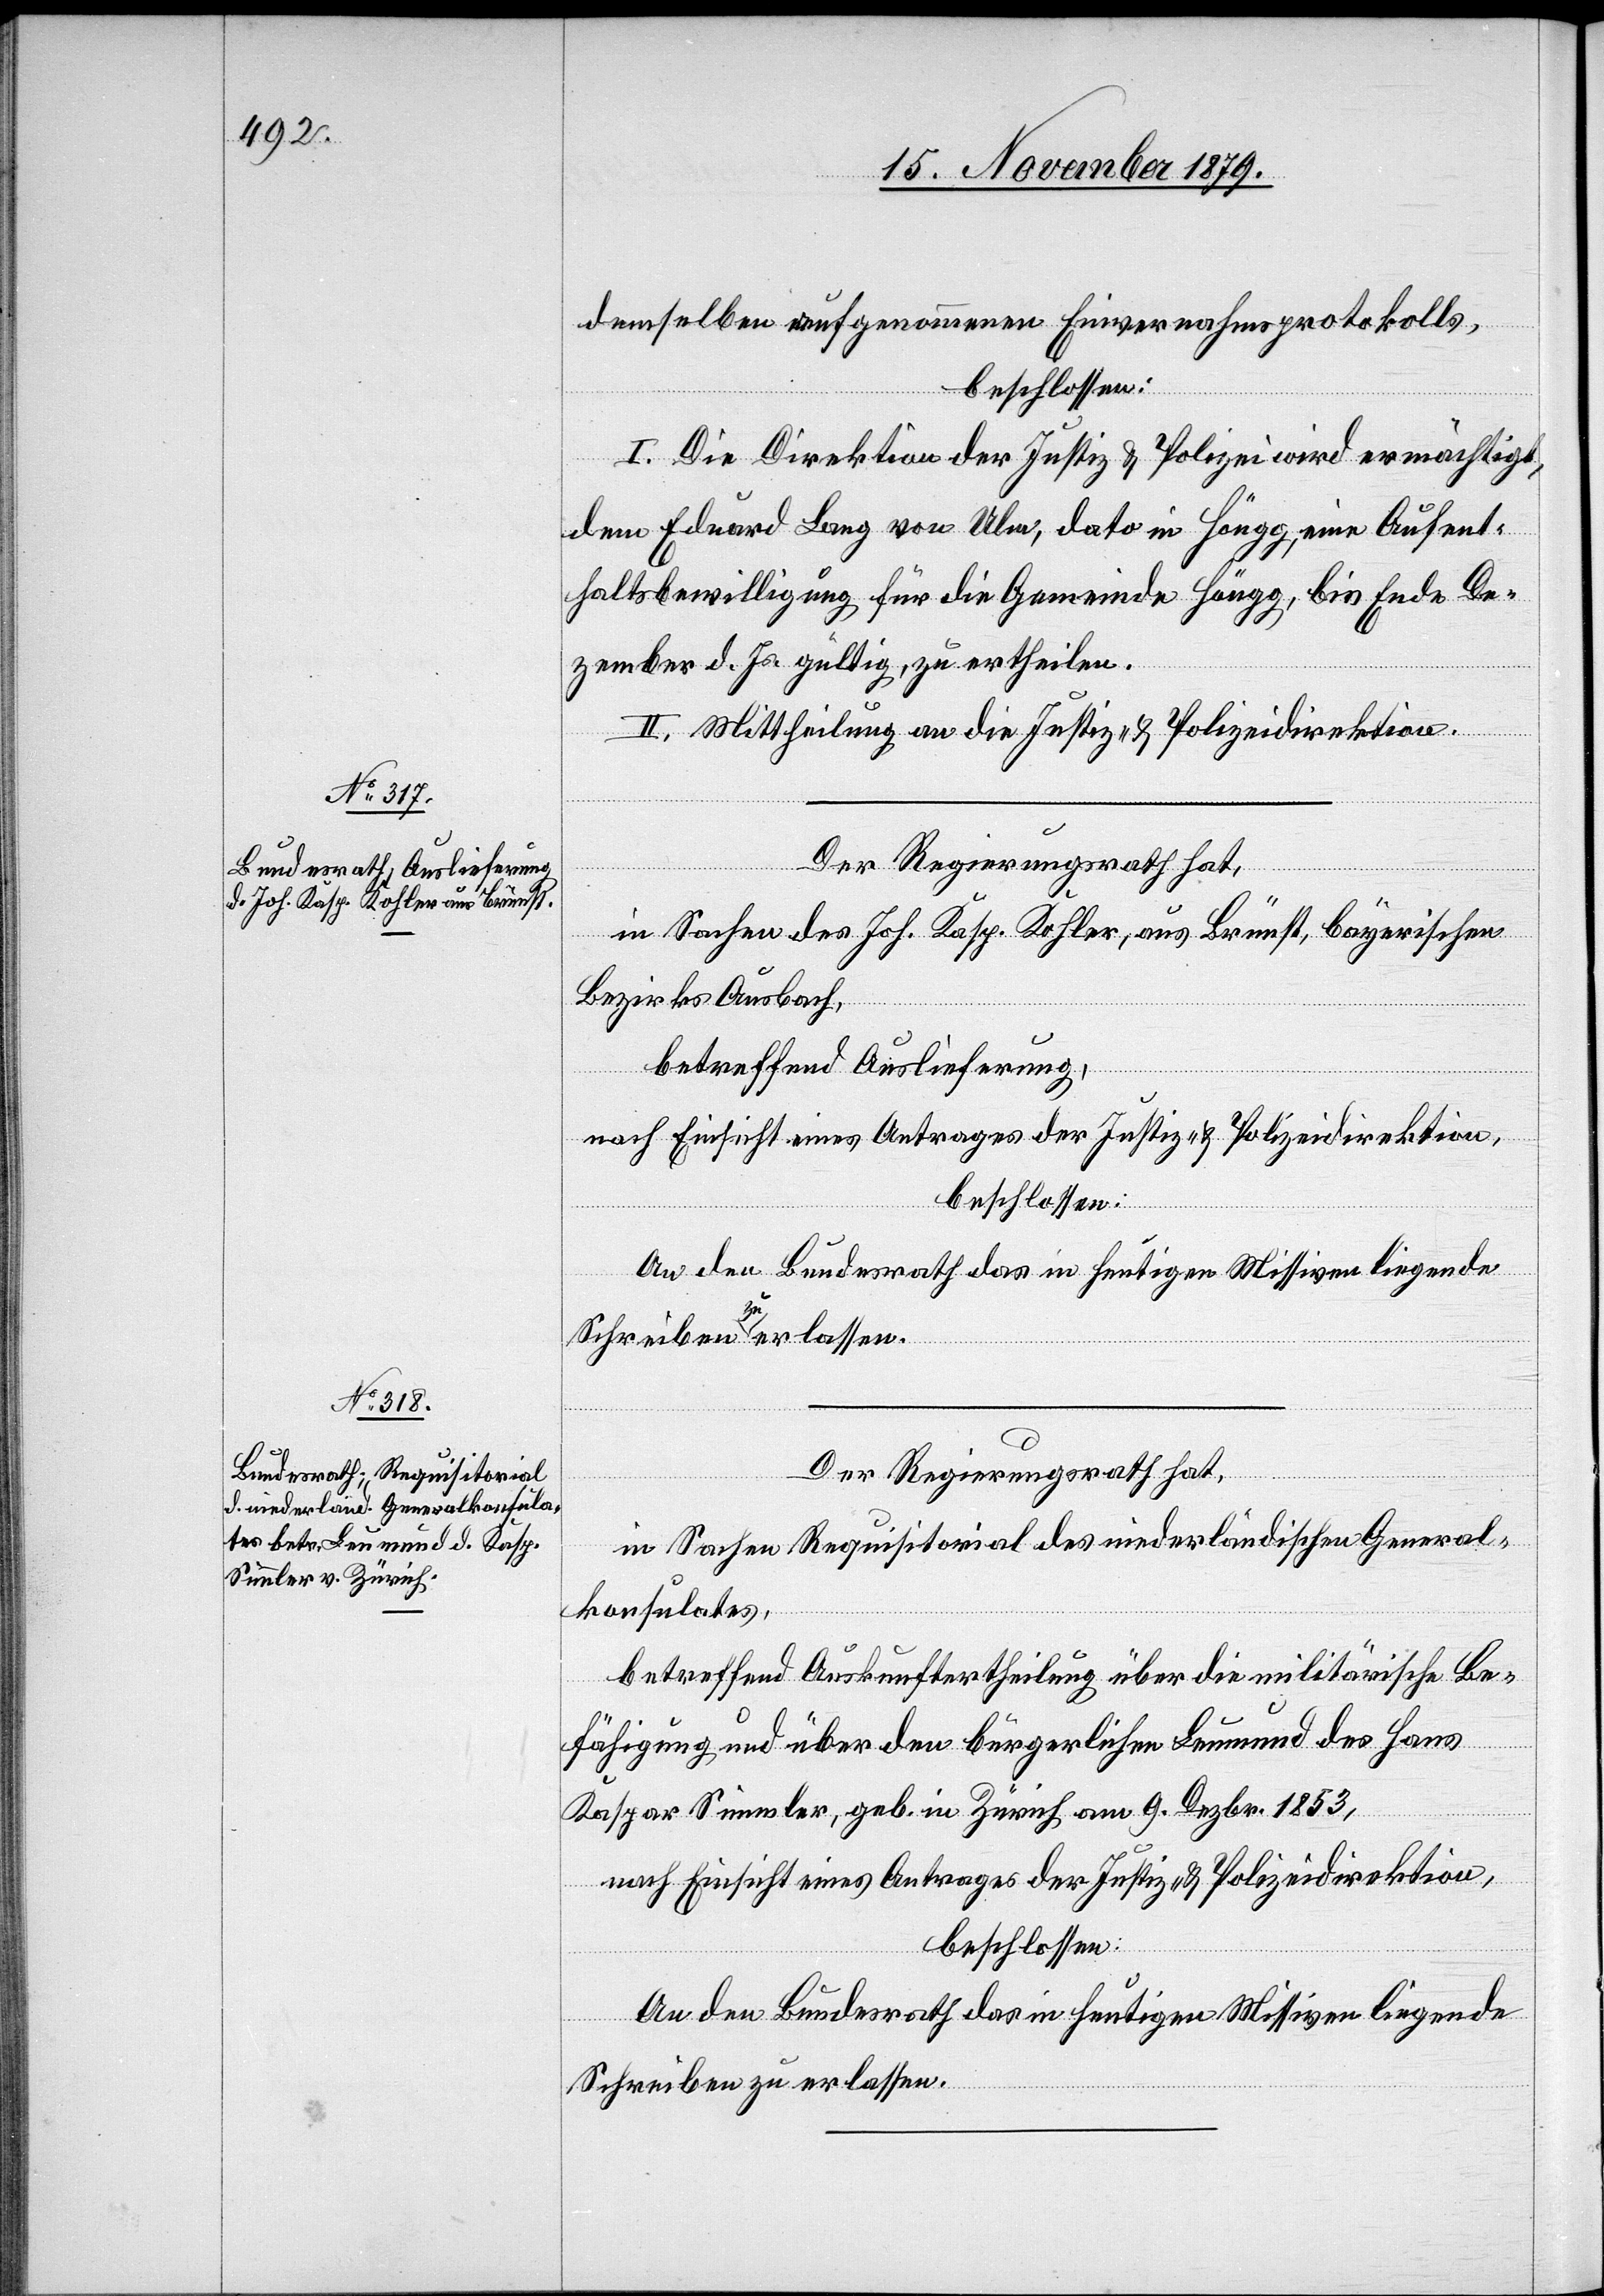
demselben aufgenommenen Einvernehmungsprotokolls,
beschlossen:
I. Die Direktion der Justiz & Polizei wird ermächtigt,
dem Eduard Lang von Ulm, dato in Höngg, eine Aufent¬
haltsbewilligung für die gemeinde Höngg, bis Ende De¬
zember d. Js. gültig, zu ertheilen.
II. Mittheilung an die Justiz- & Polizeidirektion.
Der Regierungsrath hat,
in Sachen des Joh. Kasp. Kohler, aus Brünst, bayerischen
Bezirks Ausbach,
betreffend Auslieferung,
nach Einsicht eines Antrages der Justiz- & Polizeidirektion,
beschlossen:
An den Bundesrath das in heutigen Missiven liegende
Der Regierungsrath hat,
in Sachen Requisitorial des niederländischen General¬
konsulates,
betreffend Auskunftertheilung über die militärische Be¬
fähigung und über den bürgerlichen Leumund des Hans
Kaspar Simmler, geb. in Zürich am 9. Dezbr. 1853,
nach Einsicht eines Antrages der Justiz- & Polizeidirektion,
beschlossen:
Schreiben zu erlassen.